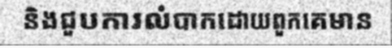
និងជួបការលំបាកដោយពួកគេមាន